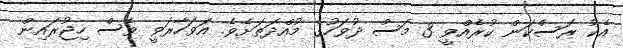
އެކު ރަސްކަން ކުރެއްވީ 3 މަސް ދުވަހުގެ މުއްދަތަށެވެ. އަވަހާރަވީ ވެސް ހިޖުރައިން